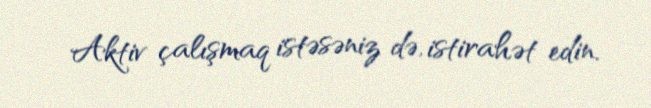
Aktiv çalışmaq istəsəniz də, istirahət edin.